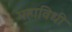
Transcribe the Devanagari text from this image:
महाविधी